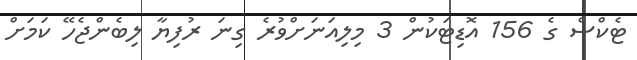
ޓެކްސް ގެ 156 އޮޑިޓަކުން 3 މިލިއަނަށްވުރެ ގިނަ ރުފިޔާ ލިބެންޖެހޭ ކަމަށް